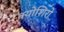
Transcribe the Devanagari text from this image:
क्योशिरो